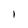
Character: I